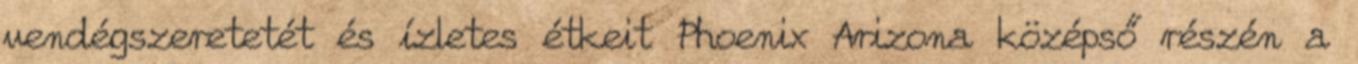
vendégszeretetét és ízletes étkeit Phoenix Arizona középső részén a